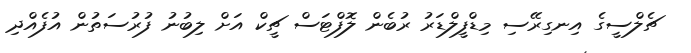
ޗެލްސީގެ އިނގިރޭސި މިޑްފީލްޑަރު ރުބެން ލޮފްޓަސް ޗީކް އަށް ލިބުނު ފުރުސަތުން އުފެއްދި